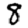
Digit: 8